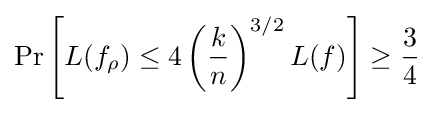
\Pr \left[L(f_{\rho })\leq 4\left({\frac {k}{n}}\right)^{3/2}L(f)\right]\geq {\frac {3}{4}}